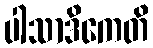
ပါသာဒိကေတိ